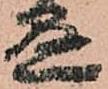
懸